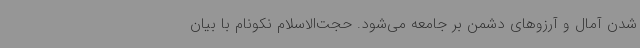
شدن آمال و آرزوهای دشمن بر جامعه می‌شود. حجت‌الاسلام نکونام با بیان